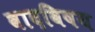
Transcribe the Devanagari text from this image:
वादविषय